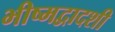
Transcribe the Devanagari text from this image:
भीष्मद्वादशी